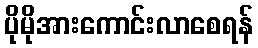
ပိုမိုအားကောင်းလာစေရန်